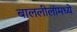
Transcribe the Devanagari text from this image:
बाललीलांमध्ये